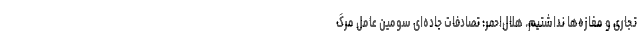
تجاری و مغازه‌ها نداشتیم. هلال‌احمر: تصادفات جاده‌ای سومین ‌عامل مرگ‌